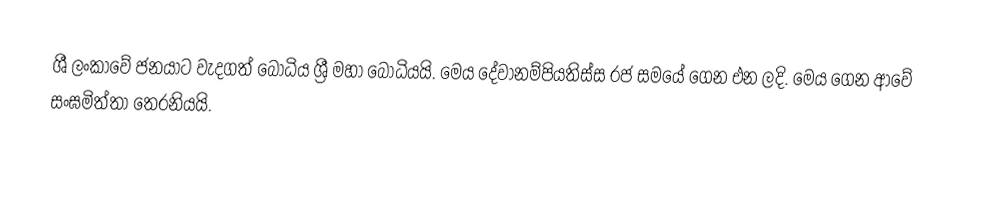
ශී ලංකාවේ ජනයාට වැදගත් බෝධිය ශ්‍රී මහා බෝධියයි. මෙය දේවානම්පියතිස්ස රජ සමයේ ගෙන එන ලදි. මෙය ගෙන ආවේ සංඝමිත්තා තෙරනියයි.